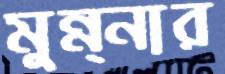
মুন্ন্নার